Scottish Leaving Certificate Examination, 1959
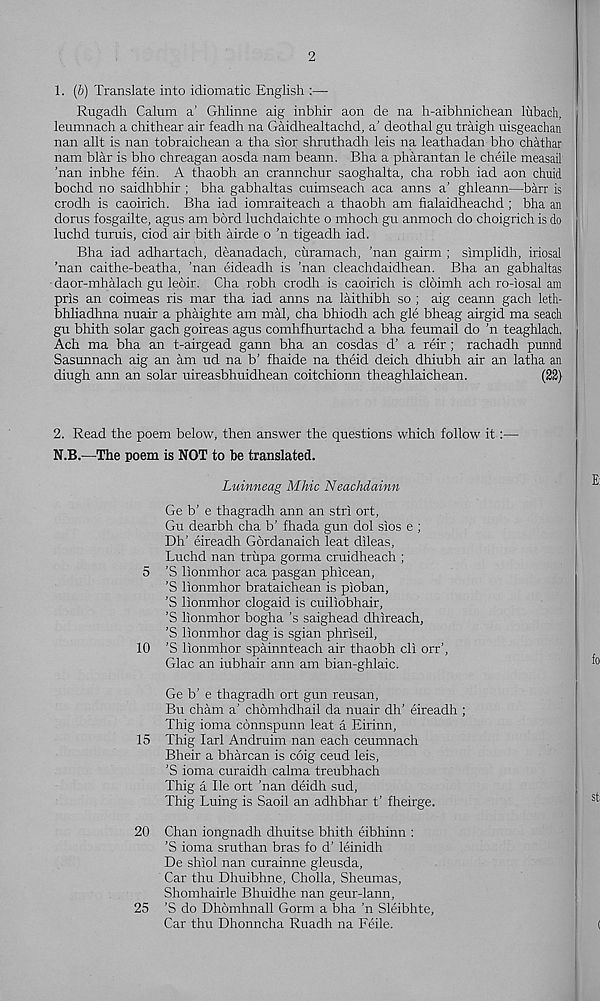
2
1. (&) Translate into idiomatic English :—
Rugadh Calum a’ Ghlinne aig inbhir aon de na h-aibhnichean liibach,
leumnach a chithear air feadh na Gaidhealtachd, a’ deothal gu traigh uisgeachan
nan allt is nan tobraichean a tha sior shruthadh leis na leathadan bho chathar
nam blar is bho chreagan aosda nam beann. Bha a pharantan le cheile measail
’nan inbhe fein. A thaobh an crannchur saoghalta, cha robh iad aon chuid
bochd no saidhbhir ; bha gabhaltas cuimseach aca anns a' ghleann—barr is
crodh is caoirich. Bha iad iomraiteach a thaobh am fialaidheachd ; bha an
dorus fosgailte, agus am bbrd luchdaichte o mhoch gu anmoch do choigrich is do
luchd tumis, ciod air bith airde o ’n tigeadh iad.
Bha iad adhartach, deanadach, cixramach, ’nan gairm ; simplidh, iriosal
’nan caithe-beatha, ’nan eideadh is ’nan cleachdaidhean. Bha an gabhaltas
daor-mbalach gu leoir. Cha robh crodh is caoirich is clbimh ach ro-iosal am
pris an coimeas ris mar tha iad anns na laithibh so ; aig ceann gach leth-
bhliadhna nuair a phaighte am mal, cha bhiodh ach gle bheag airgid ma seach
gu bhith solar gach goireas agus comhfhurtachd a bha feumail do ’n teaghlach,
Ach ma bha an t-airgead gann bha an cosdas d’ a reir; rachadh punnd
Sasunnach aig an am ud na b’ fhaide na theid deich dhiubh air an latha an
diugh ann an solar uireasbhuidhean coitchionn theaghlaichean.
(22)
2. Read the poem below, then answer the questions which follow it:—
N.B.—The poem is NOT to be translated.
Luinneag Mhic Neachdainn
Ge b’ e thagradh ann an stri ort,
Gu dearbh cha b’ fhada gun dol sios e ;
Dh’ eireadh Gbrdanaich leat dileas,
Luchd nan trupa gorma cruidheach ;
5 ’S lionmhor aca pasgan phicean,
'S lionmhor brataichean is pioban,
’S lionmhor clogaid is cuiliobhair,
’S lionmhor bogha’s saighead dhireach,
’S lionmhor dag is sgian phriseil,
10 ’S lionmhor spainnteach air thaobh cli orr’,
Glac an iubhair ann am bian-ghlaic.
Ge b’ e thagradh ort gun reusan,
Bu cham a’ chomhdhail da nuair dh’ eireadh ;
Thig ioma connspunn leat a Eirinn,
15 Thig lari Andruim nan each ceumnach
Bheir a bharcan is coig ceud leis,
’S ioma curaidh cahna treubhach
Thig a He ort ’nan deidh sud,
Thig Luing is Saoil an adhbhar t’ fheirge.
20 Chan iongnadh dhuitse bhith eibhinn :
’S ioma sruthan bras fo d’ leinidh
De shiol nan curainne gleusda,
Car thu Dhuibhne, Cholla, Sheumas,
Shomhairle Bhuidhe nan geur-lann,
25 ’S do Dhbmhnall Gorm a bha ’n Sleibhte,
Car thu Dhonncha Ruadh na Feile.